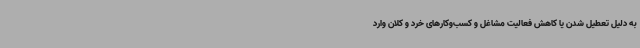
به دلیل تعطیل شدن یا کاهش فعالیت مشاغل و کسب‌وکارهای خرد و کلان وارد